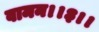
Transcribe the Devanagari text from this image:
वामन।।३।।